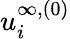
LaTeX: u_{i}^{\infty,(0)}